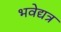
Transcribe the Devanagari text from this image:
भवेद्यत्र